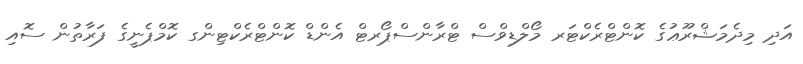
އަދި މިދެމަޝްރޫޢުގެ ކޮންޓްރެކްޓަރ މޯލްޑިވްސް ޓްރާންސްޕޯރޓް އެންޑް ކޮންޓްރެކްޓިންގ ކޮމްޕެނީގެ ފަރާތުން ސޮއި